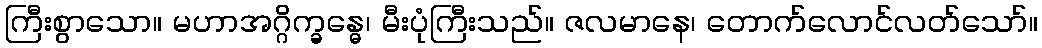
ကြီးစွာသော။ မဟာအဂ္ဂိက္ခန္ဓေ၊ မီးပုံကြီးသည်။ ဇလမာနေ၊ တောက်လောင်လတ်သော်။